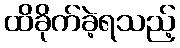
ထိခိုက်ခဲ့ရသည့်